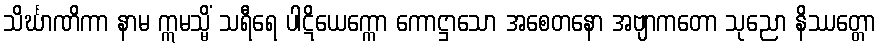
သိင်္ဃာဏိကာ နာမ ဣမသ္မိံ သရီရေ ပါဋိယေက္ကော ကောဋ္ဌာသော အစေတနော အဗျာကတော သုညော နိဿတ္တော